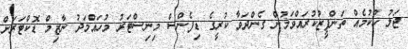
ޖަލު ހުކުމެއް ތަންފީޒުކުރައްވަމުން ގެންދަވާ ކުރީގެ ޑިފެންސް މިނިސްޓަރު މުހައްމަދު ނާޒިމް ޑޮކްޓަރަށް